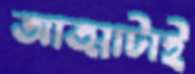
আত্মাটাই